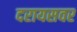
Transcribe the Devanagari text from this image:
दरायसवर